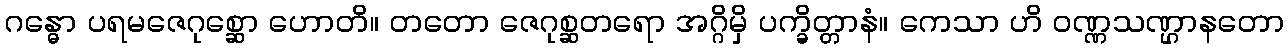
ဂန္ဓော ပရမဇေဂုစ္ဆော ဟောတိ။ တတော ဇေဂုစ္ဆတရော အဂ္ဂိမှိ ပက္ခိတ္တာနံ။ ကေသာ ဟိ ဝဏ္ဏသဏ္ဌာနတော